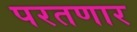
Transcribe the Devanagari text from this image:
परतणार